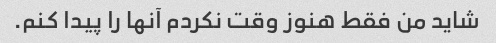
شاید من فقط هنوز وقت نکردم آنها را پیدا کنم.